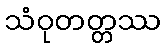
သံဝုတတ္တဿ